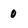
Character: 0